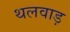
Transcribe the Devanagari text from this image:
थलवाड़